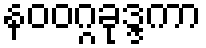
နဝဝဂ္ဂခုဒ္ဒကာ